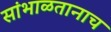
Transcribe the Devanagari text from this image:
सांभाळतानाच